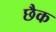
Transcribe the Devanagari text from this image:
छैक